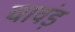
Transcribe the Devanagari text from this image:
चावंड़